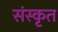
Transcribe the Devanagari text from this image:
संस्कृत